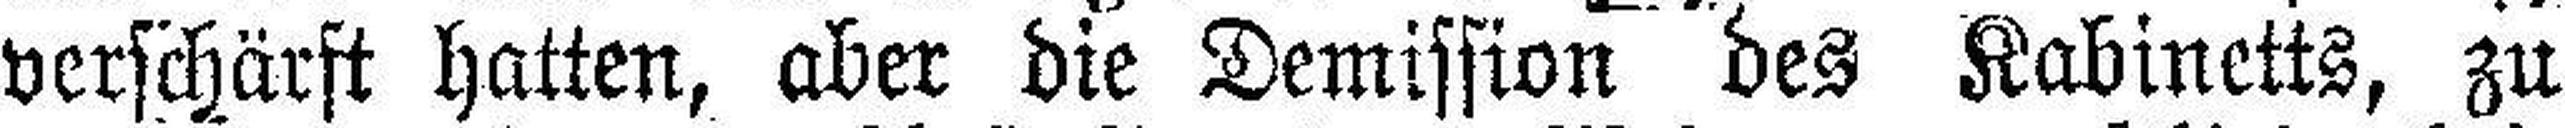
verschärft hatten, aber die Demission des Kabinetts, zu